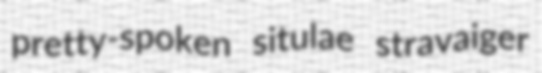
pretty-spoken situlae stravaiger